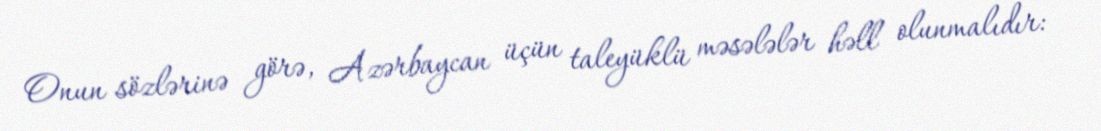
Onun sözlərinə görə, Azərbaycan üçün taleyüklü məsələlər həll olunmalıdır: